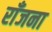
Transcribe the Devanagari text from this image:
राँजना